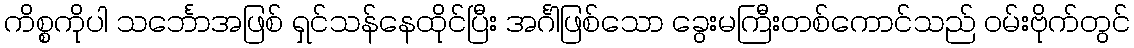
ကိစ္စကိုပါ သင်္ဘောအဖြစ် ရှင်သန်နေထိုင်ပြီး အင်္ဂါဖြစ်သော ခွေးမကြီးတစ်ကောင်သည် ဝမ်းဗိုက်တွင်